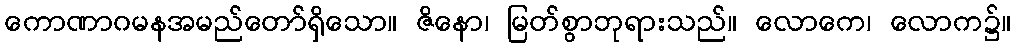
ကောဏာဂမနအမည်တော်ရှိသော။ ဇိနော၊ မြတ်စွာဘုရားသည်။ လောကေ၊ လောက၌။